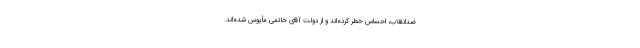
ضدانقلاب، احساس‌ خطر كرده‌اند و از دولت آقاى خاتمى مأیوس شده‌اند.